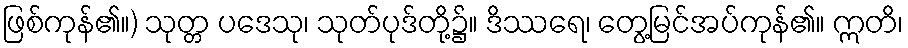
ဖြစ်ကုန်၏။) သုတ္တ ပဒေသု၊ သုတ်ပုဒ်တို့၌။ ဒိဿရေ၊ တွေ့မြင်အပ်ကုန်၏။ ဣတိ၊